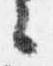
々